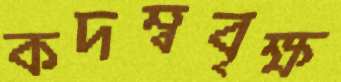
কদম্ববৃক্ষ